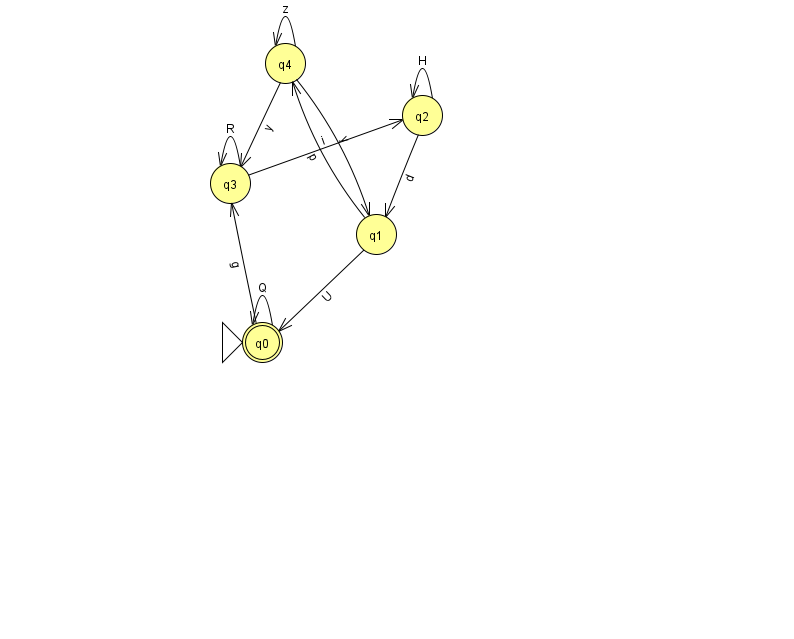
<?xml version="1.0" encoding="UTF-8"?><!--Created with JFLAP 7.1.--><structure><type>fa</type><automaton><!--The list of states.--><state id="0" name="q0"><x>262.0</x><y>329.0</y><initial/><final/></state><state id="1" name="q1"><x>376.0</x><y>221.0</y></state><state id="2" name="q2"><x>422.0</x><y>102.0</y></state><state id="3" name="q3"><x>230.0</x><y>170.0</y></state><state id="4" name="q4"><x>285.0</x><y>50.0</y></state><!--The list of transitions.--><transition><from>0</from><to>0</to><read>Q</read></transition><transition><from>1</from><to>4</to><read>p</read></transition><transition><from>4</from><to>3</to><read>y</read></transition><transition><from>0</from><to>3</to><read>g</read></transition><transition><from>3</from><to>3</to><read>R</read></transition><transition><from>2</from><to>1</to><read>d</read></transition><transition><from>3</from><to>2</to><read>i</read></transition><transition><from>2</from><to>2</to><read>H</read></transition><transition><from>4</from><to>1</to><read>y</read></transition><transition><from>1</from><to>0</to><read>U</read></transition><transition><from>4</from><to>4</to><read>z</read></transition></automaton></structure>